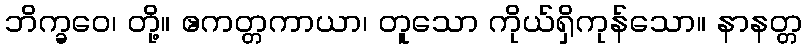
ဘိက္ခဝေ၊ တို့။ ဧကတ္တကာယာ၊ တူသော ကိုယ်ရှိကုန်သော။ နာနတ္တ